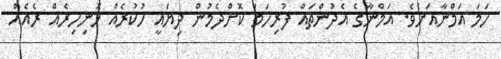
ހަމަ އަމްނާއަށެވެ. އަމްނާގެ އެދުންތައް ފުރިހަމަ ކޮށްދެމުން ދިޔައީ ހުކުރެއް ހޮނިހިރެއް ރެއެއް